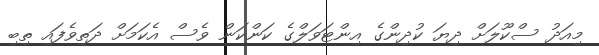
މިއަދު ސްކޫލަށް ދިޔަ ކުދިންގެ އިންޓަވަލްގެ ކަންކަން ވެސް އެކަމަށް ދަތިވެފައި ތިބި